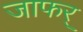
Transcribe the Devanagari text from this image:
जाफर्